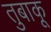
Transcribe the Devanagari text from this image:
तुबाकू